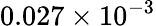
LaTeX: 0.027\times 10^{-3}